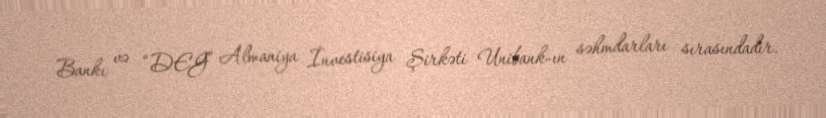
Bankı və “DEG” Almaniya İnvestisiya Şirkəti Unibank-ın səhmdarları sırasındadır.